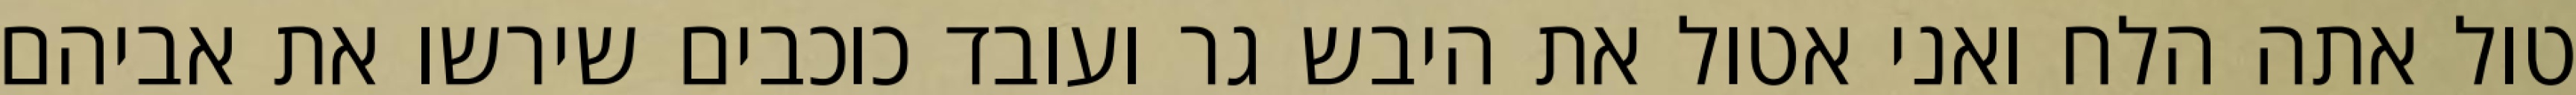
טול אתה הלח ואני אטול את היבש גר ועובד כוכבים שירשו את אביהם